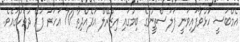
އެމްބަސީ ހުޅުވާފައިވަނީ ފަލަސްތީނުގެ ބިމުގައި އިޒްރޭލް އުފެއްދިތާ 70 އަހަރު ފުރޭ ދުވަހުގައެވެ.